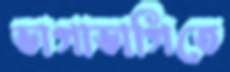
ভাগাভাগিতে